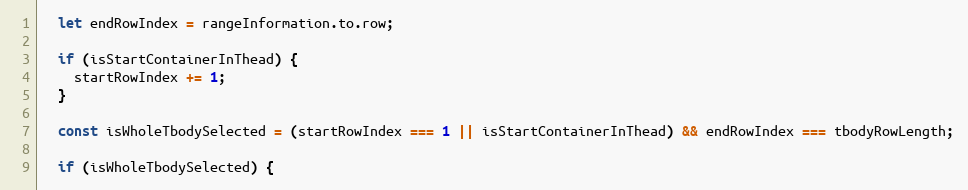
Language: JavaScript
  let endRowIndex = rangeInformation.to.row;

  if (isStartContainerInThead) {
    startRowIndex += 1;
  }

  const isWholeTbodySelected = (startRowIndex === 1 || isStartContainerInThead) && endRowIndex === tbodyRowLength;

  if (isWholeTbodySelected) {